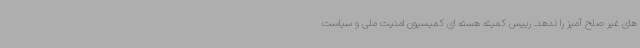
های غیر صلح آمیز را ندهد. رییس کمیته هسته ای کمیسیون امنیت ملی و سیاست